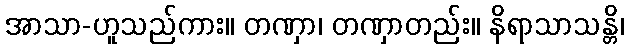
အာသာ-ဟူသည်ကား။ တဏှာ၊ တဏှာတည်း။ နိရာသာသန္တိ၊